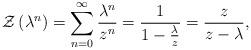
LaTeX: \begin{align*}\mathcal{Z}\left( \lambda ^{n}\right) =\sum_{n=0}^{\infty }\frac{\lambda ^{n}}{z^{n}}=\frac{1}{1-\frac{\lambda }{z}}=\frac{z}{z-\lambda }, \end{align*}